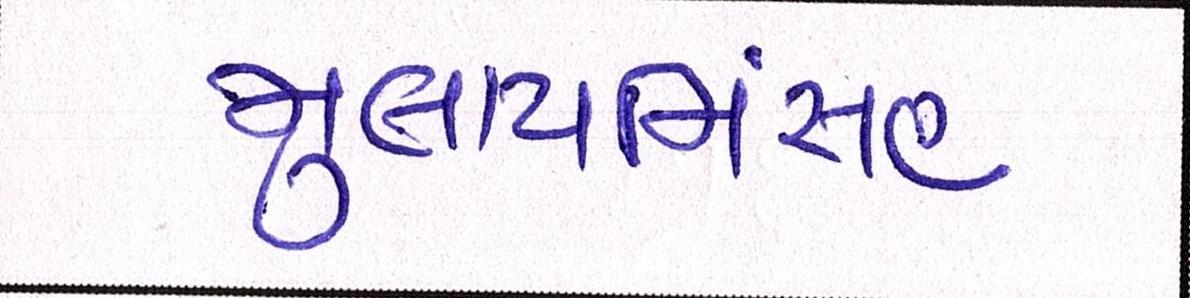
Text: મુલાયમિંસહ